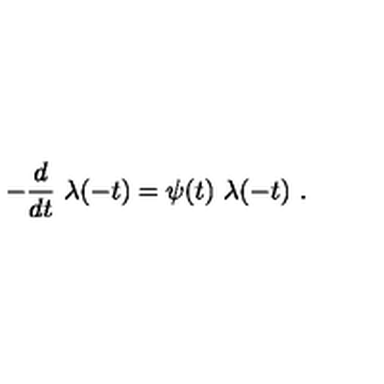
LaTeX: - { \frac { d } { d t } } \ \lambda ( - t ) = \psi ( t ) \ \lambda ( - t ) \ .